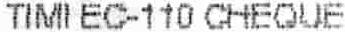
TIMI EC-110 CHEQUE